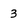
Character: 3